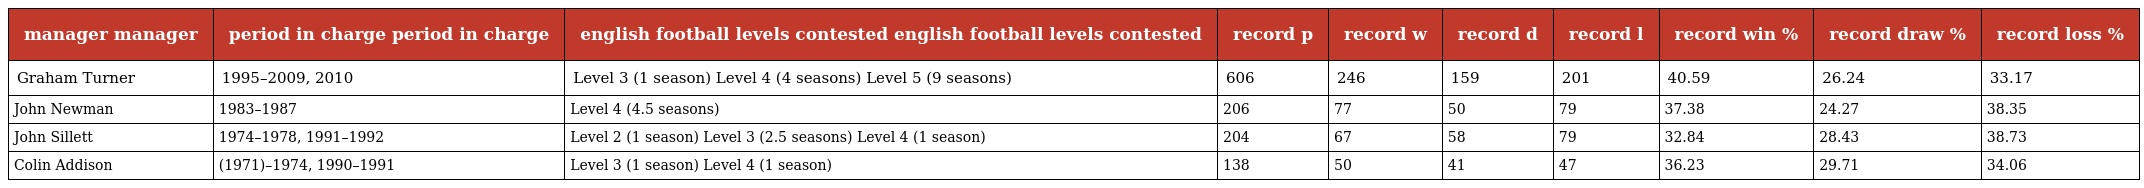
| manager manager | period in charge period in charge | english football levels contested english football levels contested | record p | record w | record d | record l | record win % | record draw % | record loss % |
 | --- | --- | --- | --- | --- | --- | --- | --- | --- | --- |
 | Graham Turner | 1995–2009, 2010 | Level 3 (1 season) Level 4 (4 seasons) Level 5 (9 seasons) | 606 | 246 | 159 | 201 | 40.59 | 26.24 | 33.17 |
 | John Newman | 1983–1987 | Level 4 (4.5 seasons) | 206 | 77 | 50 | 79 | 37.38 | 24.27 | 38.35 |
 | John Sillett | 1974–1978, 1991–1992 | Level 2 (1 season) Level 3 (2.5 seasons) Level 4 (1 season) | 204 | 67 | 58 | 79 | 32.84 | 28.43 | 38.73 |
 | Colin Addison | (1971)–1974, 1990–1991 | Level 3 (1 season) Level 4 (1 season) | 138 | 50 | 41 | 47 | 36.23 | 29.71 | 34.06 |